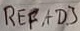
Text: REFADJ